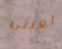
لعبتي